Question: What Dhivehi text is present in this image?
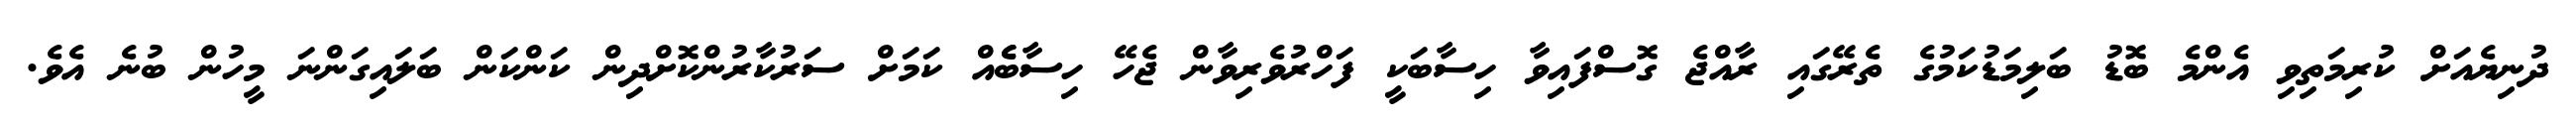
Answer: ދުނިޔެއަށް ކުރިމަތިވި އެންމެ ބޮޑު ބަލިމަޑުކަމުގެ ތެރޭގައި ރާއްޖެ ގޮސްފައިވާ ހިސާބަކީ ފަހްރުވެރިވާން ޖެހޭ ހިސާބެެއް ކަމަށް ސަރުކާރުންކޮށްދިން ކަންކަން ބަލައިގަންނަ މީހުން ބުނެ އެވެ.